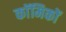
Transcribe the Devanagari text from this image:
काॅमिकों